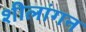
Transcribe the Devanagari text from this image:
शीलांगन